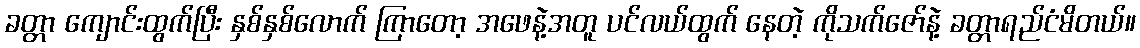
ခတ္တာ ကျောင်းထွက်ပြီး နှစ်နှစ်လောက် ကြာတော့ အဖေနဲ့အတူ ပင်လယ်ထွက် နေတဲ့ ကိုသက်ဇော်နဲ့ ခတ္တာရည်ငံမိတယ်။